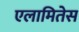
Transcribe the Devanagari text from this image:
एलामितेस